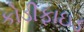
કોડીફાઇડ